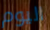
اليوم